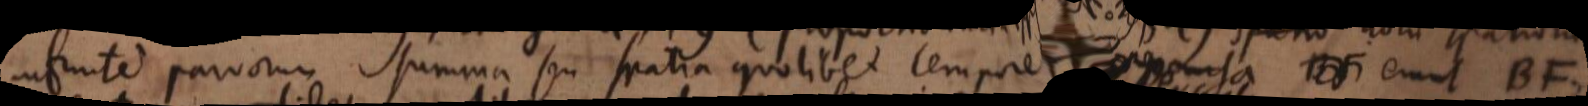
infinite parvorum summa seu spatia quolibet tempore AB percursa BF erunt BF